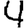
Digit: 4